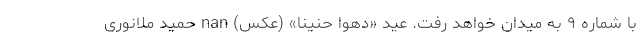
با شماره ۹ به میدان خواهد رفت. عید «دهوا حنینا» (عکس) nan حمید ملانوری